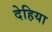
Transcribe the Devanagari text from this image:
देहिया